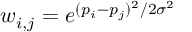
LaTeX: w _ { i , j } = e ^ { ( p _ { i } - p _ { j } ) ^ { 2 } / 2 \sigma ^ { 2 } }